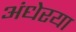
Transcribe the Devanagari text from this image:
अंधेरया